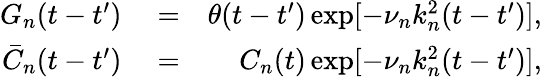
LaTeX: \begin{array}{rlr}{G_{n}(t-t^{\prime})}&{{}=}&{\theta(t-t^{\prime})\exp[-\nu_{n}k_{n}^{2}(t-t^{\prime})],}\\ {\bar{C}_{n}(t-t^{\prime})}&{{}=}&{C_{n}(t)\exp[-\nu_{n}k_{n}^{2}(t-t^{\prime})],}\end{array}